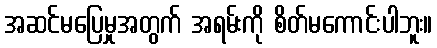
အဆင်မပြေမှုအတွက် အရမ်းကို စိတ်မကောင်းပါဘူး။